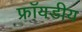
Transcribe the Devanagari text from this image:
फ्रॉयडीय